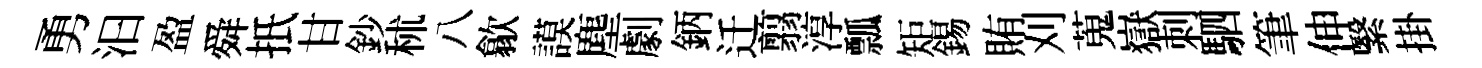
勇汩盈舜扺甘鈔秫八歙謨塵劇鈵迁翦淳瓢矩錫賄刈蒐嶽刺駟筆伸繄掛